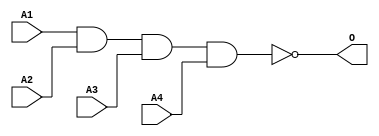
module JNAND4B(A1, A2, A3, A4, O);
input   A1;
input   A2;
input   A3;
input   A4;
output  O;
nand g0(O, A1, A2, A3, A4);
endmodule